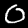
Label: 0